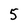
Character: 5